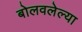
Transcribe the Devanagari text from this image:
बोलवलेल्या